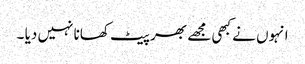
انہوں نے کبھی مجھے بھر پیٹ کھانا نہیں دیا ۔